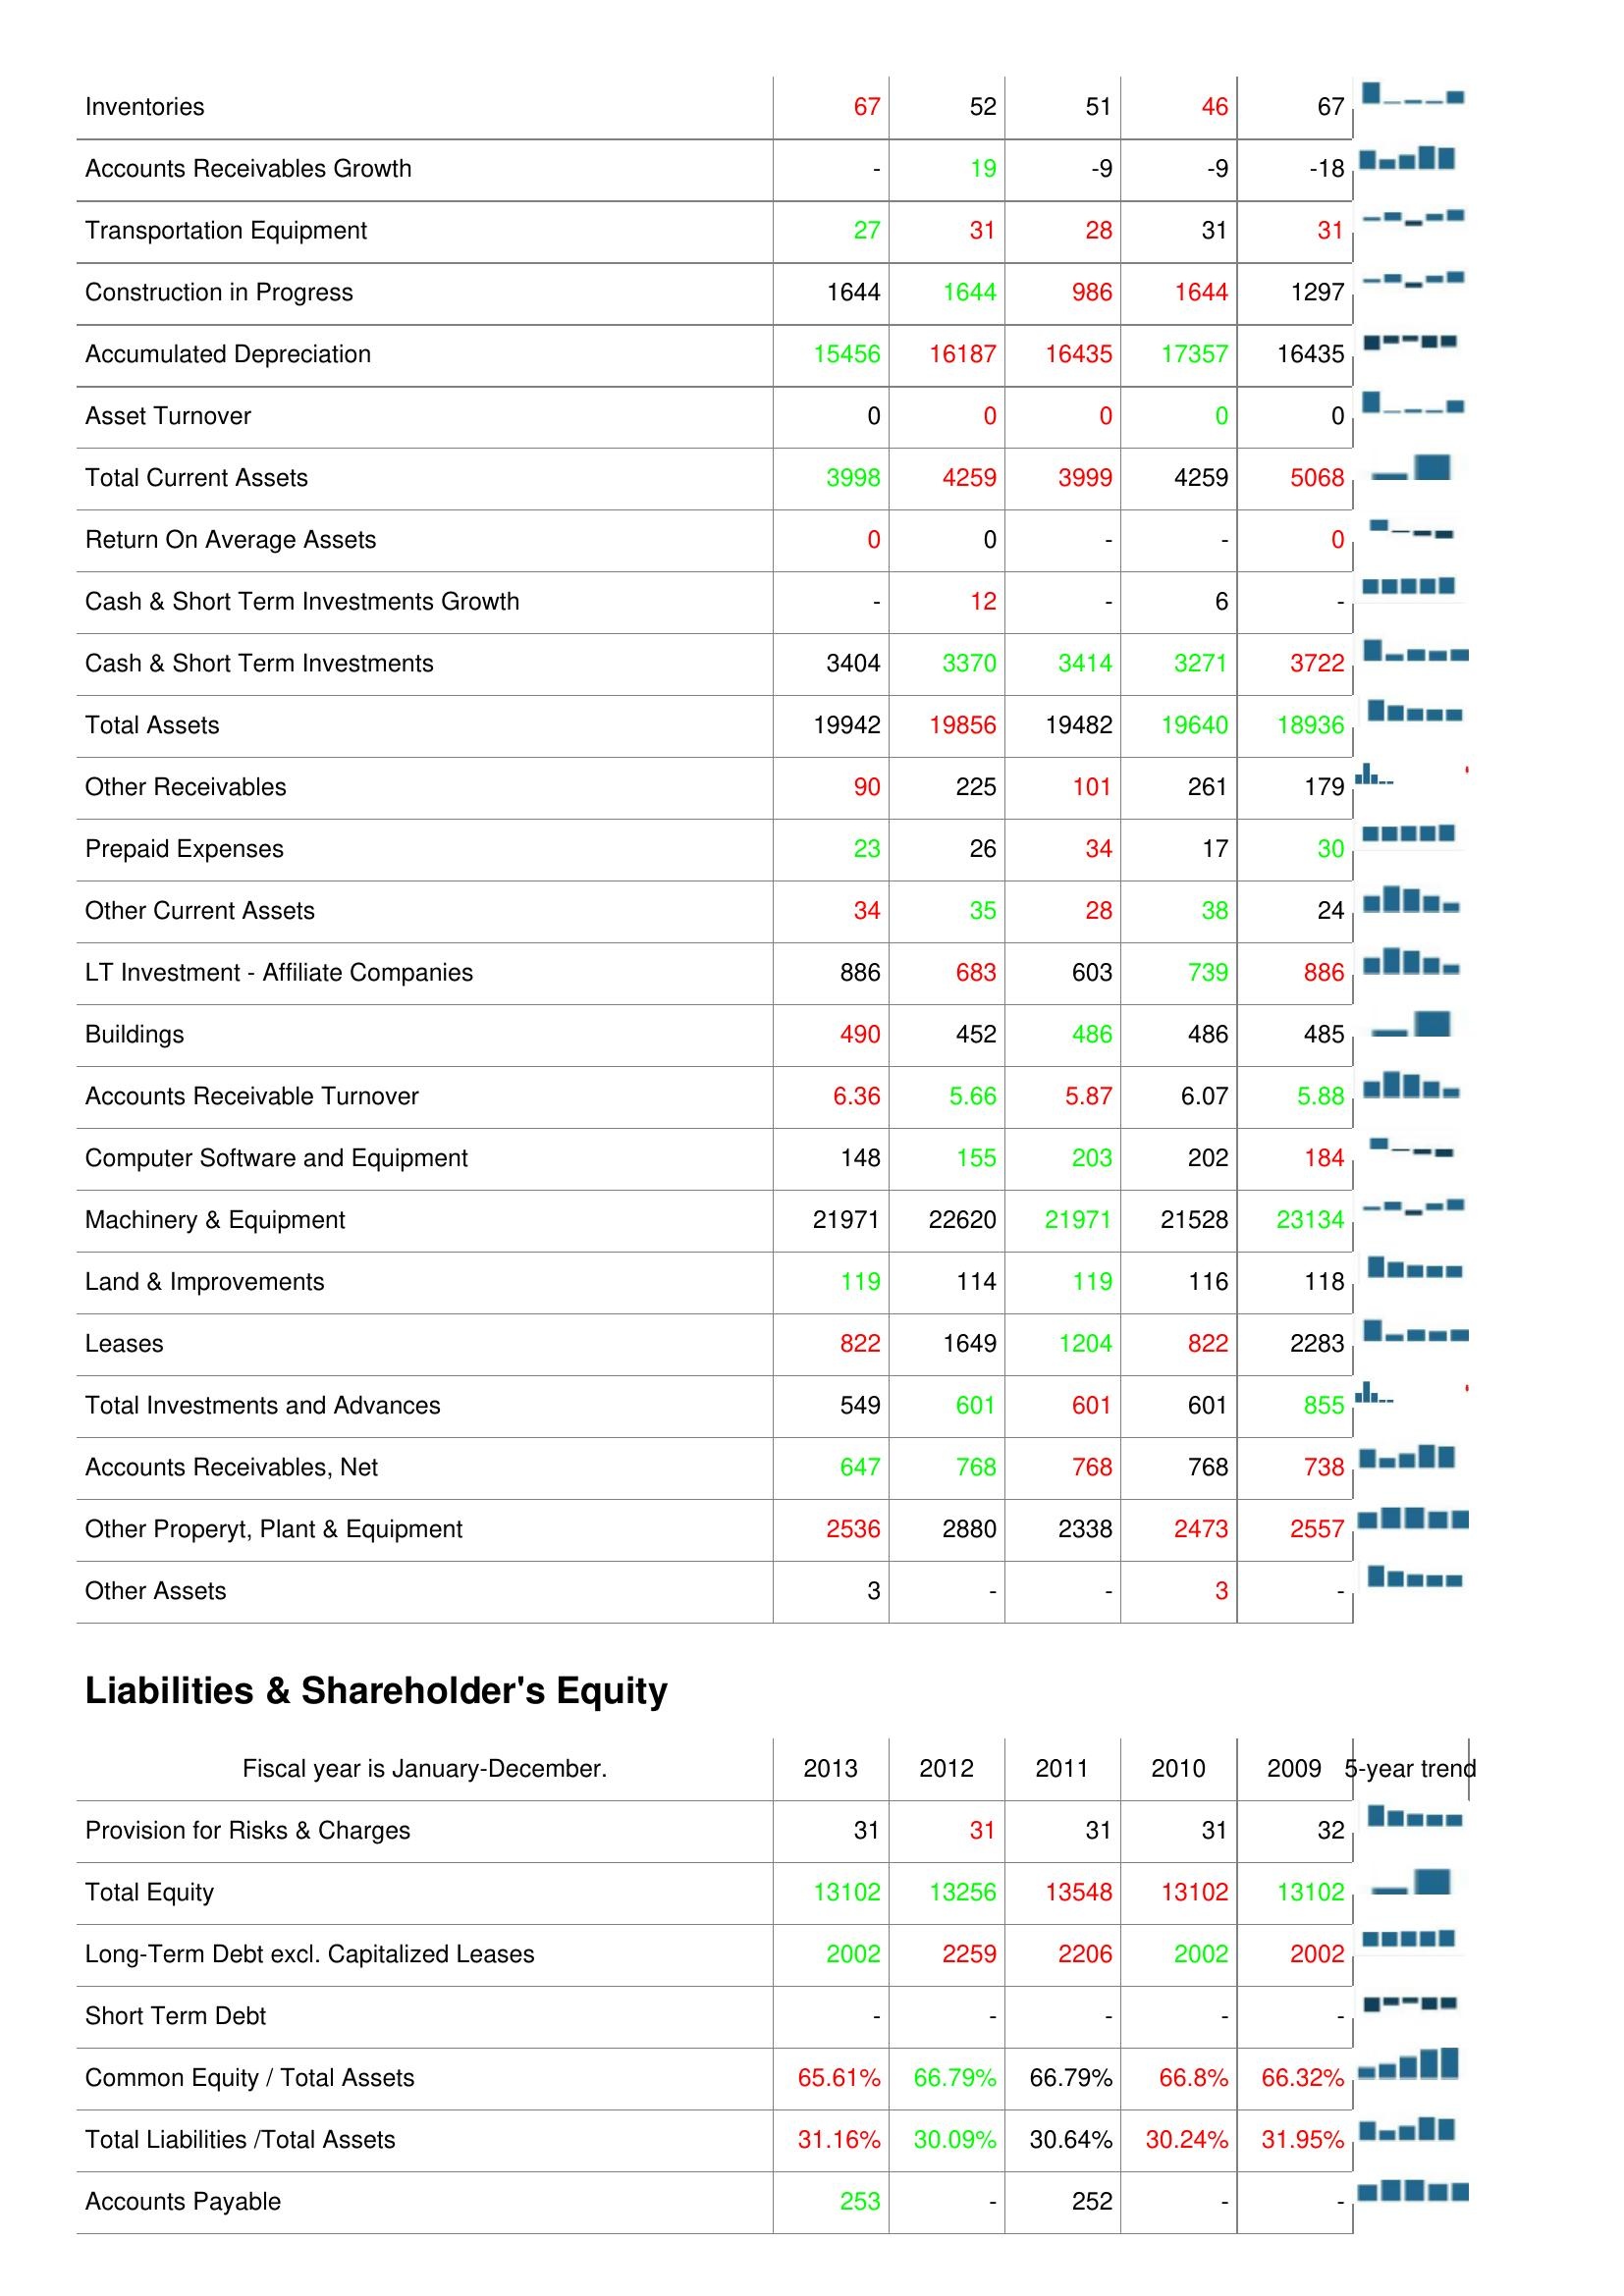
2013: Assets: Inventories: 67
Accounts Receivables Growth: -
Transportation Equipment: 27
Construction in Progress: 1644
Accumulated Depreciation: 15456
Asset Turnover: 0
Total Current Assets: 3998
Return On Average Assets: 0
Cash & Short Term Investments Growth: -
Cash & Short Term Investments: 3404
Total Assets: 19942
Other Receivables: 90
Prepaid Expenses: 23
Other Current Assets: 34
LT Investment - Affiliate Companies: 886
Buildings: 490
Accounts Receivable Turnover: 6.36
Computer Software and Equipment: 148
Machinery & Equipment: 21971
Land & Improvements: 119
Leases: 822
Total Investments and Advances: 549
Accounts Receivables, Net: 647
Other Properyt, Plant & Equipment: 2536
Other Assets: 3
Liabilities & Shareholder's Equity: Provision for Risks & Charges: 31
Total Equity: 13102
Long-Term Debt excl. Capitalized Leases: 2002
Short Term Debt: -
Common Equity / Total Assets: 65.61%
Total Liabilities /Total Assets: 31.16%
Accounts Payable: 253
2012: Assets: Inventories: 52
Accounts Receivables Growth: 19
Transportation Equipment: 31
Construction in Progress: 1644
Accumulated Depreciation: 16187
Asset Turnover: 0
Total Current Assets: 4259
Return On Average Assets: 0
Cash & Short Term Investments Growth: 12
Cash & Short Term Investments: 3370
Total Assets: 19856
Other Receivables: 225
Prepaid Expenses: 26
Other Current Assets: 35
LT Investment - Affiliate Companies: 683
Buildings: 452
Accounts Receivable Turnover: 5.66
Computer Software and Equipment: 155
Machinery & Equipment: 22620
Land & Improvements: 114
Leases: 1649
Total Investments and Advances: 601
Accounts Receivables, Net: 768
Other Properyt, Plant & Equipment: 2880
Other Assets: -
Liabilities & Shareholder's Equity: Provision for Risks & Charges: 31
Total Equity: 13256
Long-Term Debt excl. Capitalized Leases: 2259
Short Term Debt: -
Common Equity / Total Assets: 66.79%
Total Liabilities /Total Assets: 30.09%
Accounts Payable: -
2011: Assets: Inventories: 51
Accounts Receivables Growth: -9
Transportation Equipment: 28
Construction in Progress: 986
Accumulated Depreciation: 16435
Asset Turnover: 0
Total Current Assets: 3999
Return On Average Assets: -
Cash & Short Term Investments Growth: -
Cash & Short Term Investments: 3414
Total Assets: 19482
Other Receivables: 101
Prepaid Expenses: 34
Other Current Assets: 28
LT Investment - Affiliate Companies: 603
Buildings: 486
Accounts Receivable Turnover: 5.87
Computer Software and Equipment: 203
Machinery & Equipment: 21971
Land & Improvements: 119
Leases: 1204
Total Investments and Advances: 601
Accounts Receivables, Net: 768
Other Properyt, Plant & Equipment: 2338
Other Assets: -
Liabilities & Shareholder's Equity: Provision for Risks & Charges: 31
Total Equity: 13548
Long-Term Debt excl. Capitalized Leases: 2206
Short Term Debt: -
Common Equity / Total Assets: 66.79%
Total Liabilities /Total Assets: 30.64%
Accounts Payable: 252
2010: Assets: Inventories: 46
Accounts Receivables Growth: -9
Transportation Equipment: 31
Construction in Progress: 1644
Accumulated Depreciation: 17357
Asset Turnover: 0
Total Current Assets: 4259
Return On Average Assets: -
Cash & Short Term Investments Growth: 6
Cash & Short Term Investments: 3271
Total Assets: 19640
Other Receivables: 261
Prepaid Expenses: 17
Other Current Assets: 38
LT Investment - Affiliate Companies: 739
Buildings: 486
Accounts Receivable Turnover: 6.07
Computer Software and Equipment: 202
Machinery & Equipment: 21528
Land & Improvements: 116
Leases: 822
Total Investments and Advances: 601
Accounts Receivables, Net: 768
Other Properyt, Plant & Equipment: 2473
Other Assets: 3
Liabilities & Shareholder's Equity: Provision for Risks & Charges: 31
Total Equity: 13102
Long-Term Debt excl. Capitalized Leases: 2002
Short Term Debt: -
Common Equity / Total Assets: 66.8%
Total Liabilities /Total Assets: 30.24%
Accounts Payable: -
2009: Assets: Inventories: 67
Accounts Receivables Growth: -18
Transportation Equipment: 31
Construction in Progress: 1297
Accumulated Depreciation: 16435
Asset Turnover: 0
Total Current Assets: 5068
Return On Average Assets: 0
Cash & Short Term Investments Growth: -
Cash & Short Term Investments: 3722
Total Assets: 18936
Other Receivables: 179
Prepaid Expenses: 30
Other Current Assets: 24
LT Investment - Affiliate Companies: 886
Buildings: 485
Accounts Receivable Turnover: 5.88
Computer Software and Equipment: 184
Machinery & Equipment: 23134
Land & Improvements: 118
Leases: 2283
Total Investments and Advances: 855
Accounts Receivables, Net: 738
Other Properyt, Plant & Equipment: 2557
Other Assets: -
Liabilities & Shareholder's Equity: Provision for Risks & Charges: 32
Total Equity: 13102
Long-Term Debt excl. Capitalized Leases: 2002
Short Term Debt: -
Common Equity / Total Assets: 66.32%
Total Liabilities /Total Assets: 31.95%
Accounts Payable: -